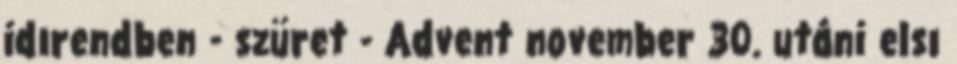
idırendben - szüret - Advent november 30. utáni elsı